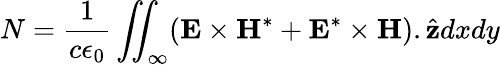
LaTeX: N=\frac{1}{c\epsilon_{0}}\iint_{\infty}(\textbf{E}\times\textbf{H}^{*}+\textbf{E}^{*}\times\textbf{H}).\hat{\textbf{z}}dxdy